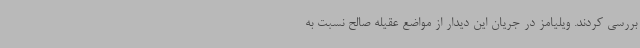
بررسی کردند. ویلیامز در جریان این دیدار از مواضع عقیله صالح نسبت به